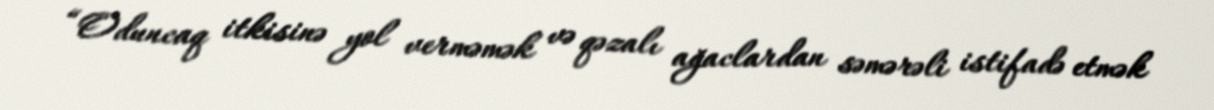
“Oduncaq itkisinə yol verməmək və qəzalı ağaclardan səmərəli istifadə etmək